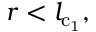
r < l _ { { \mathrm { c _ { 1 } } } } ,